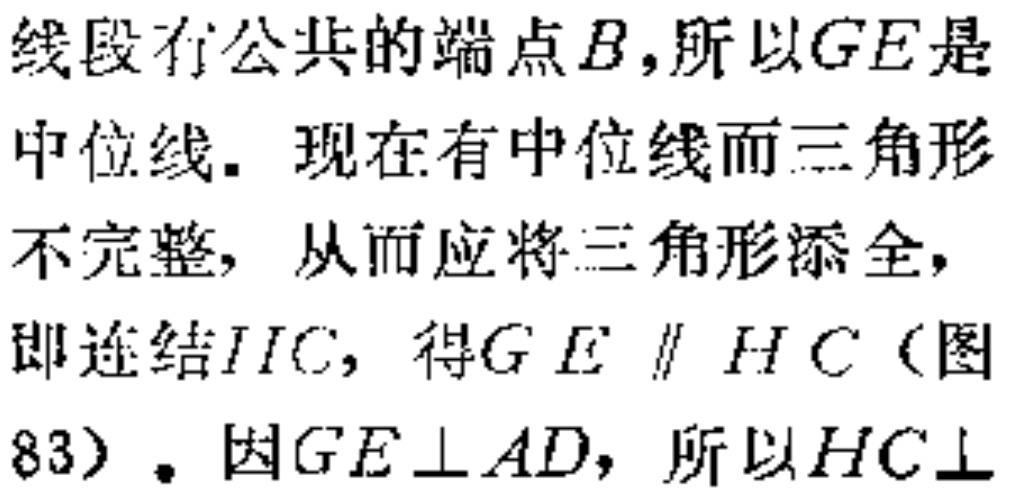
线段有公共的端点\(B\)，所以\(GE\)是中位线。现在有中位线而三角形不完整，从而应将三角形添全，即连结\(HC\)，得\(GE \parallel HC\)（图83）。因\(GE\perp AD\)，所以\(HC\perp  \)